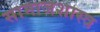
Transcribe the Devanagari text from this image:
सामाजशास्त्र